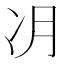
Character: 𫥂